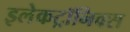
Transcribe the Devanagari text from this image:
इलेकट्रॉनिक्स